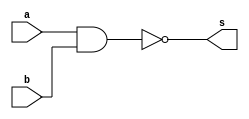
// ------------------------- 
// Exercicio01   
// Nome: Arturo Morales Anez Junior
// ------------------------- 

	module nandgate (output s,input a,input b); 
	assign s = ~(a&b); 
	endmodule // nandgate 

// --------------------- 
// -- test nand gate 
// ---------------------
	module testnandgate; 

// ------------------------- dados locais 
	
	reg a, b; // entrada 
	wire s; //saida 

// ------------------------- instancia 
	
	nandgate NAND1 (s, a, b); 

// ------------------------- preparacao 

	initial begin:start 
	a=0; b=0; 
	end 

// ------------------------- parte principal 
	
	initial begin 
	$display("Exercicio01 - Arturo Morales Anez Junior - 396675"); 
	$display("Test NAND gate"); 
	$display("\na & b = s\n"); 
	a=0; b=0; 
	#1 $display("%b & %b = %b", a, b, s); 
	a=0; b=1; 
	#1 $display("%b & %b = %b", a, b, s); 
	a=1; b=0; 
	#1 $display("%b & %b = %b", a, b, s); 
	a=1; b=1; 
	#1 $display("%b & %b = %b", a, b, s); 
	end 
	endmodule // testandgate